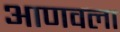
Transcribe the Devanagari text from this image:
आणवला